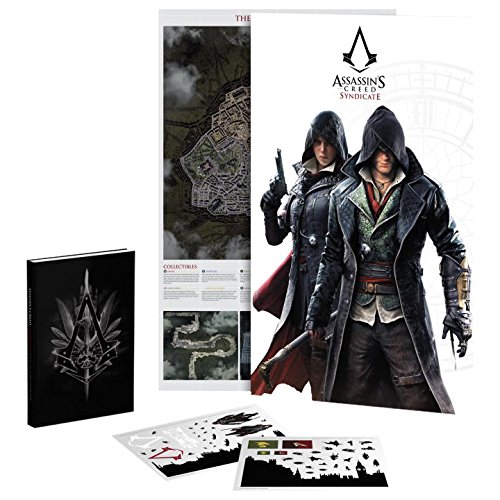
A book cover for Assassin's Creed Syndicate Official Collector's Guide: Collector's Edition; Tim Bogenn; Humor & Entertainment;